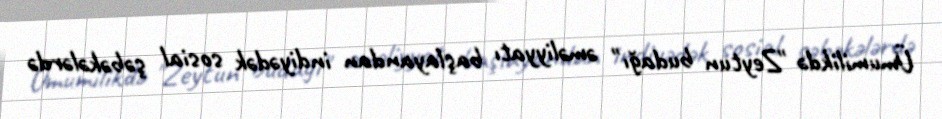
Ümumilikdə "Zeytun budağı" əməliyyatı başlayandan indiyədək sosial şəbəkələrdə